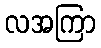
လအကြာ